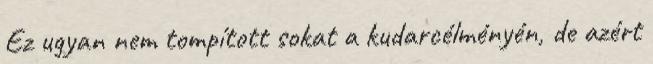
Ez ugyan nem tompított sokat a kudarcélményén, de azért